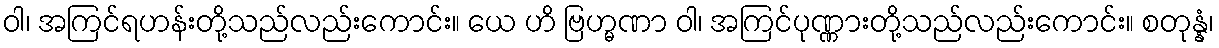
ဝါ၊ အကြင်ရဟန်းတို့သည်လည်းကောင်း။ ယေ ဟိ ဗြဟ္မဏာ ဝါ၊ အကြင်ပုဏ္ဏားတို့သည်လည်းကောင်း။ စတုန္နံ၊